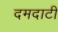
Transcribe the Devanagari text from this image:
दमदाटी